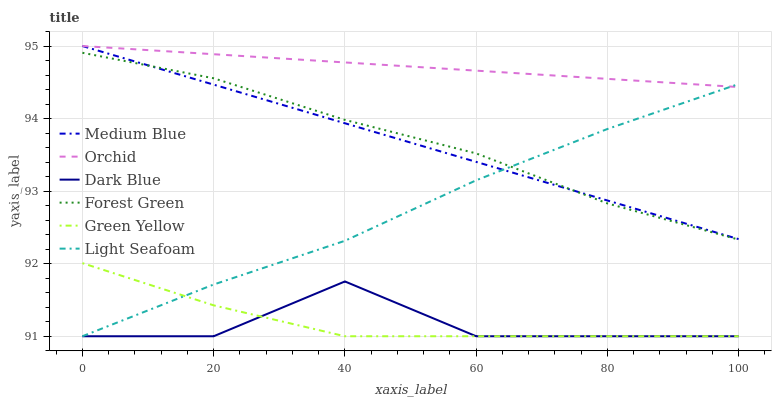
| xaxis_label | Medium Blue | Orchid | Dark Blue | Forest Green | Green Yellow | Light Seafoam |
 | --- | --- | --- | --- | --- | --- | --- |
 | 0 | 95 | 95 | 91 | 94.9 | 92 | 91 |
 | 20 | 94.5 | 94.9 | 91 | 94.6 | 91.4 | 91.7 |
 | 40 | 93.9 | 94.8 | 91.8 | 94 | 91 | 92.3 |
 | 60 | 93.4 | 94.7 | 91 | 93.5 | 91 | 93.1 |
 | 80 | 92.9 | 94.5 | 91 | 92.8 | 91 | 93.9 |
 | 100 | 92.3 | 94.4 | 91 | 92.3 | 91 | 94.5 |